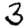
Digit: 3